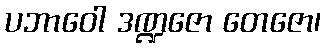
ပဘာဝေါ ဒဏ္ဍဇော တေဇော၊